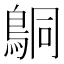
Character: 𬷍